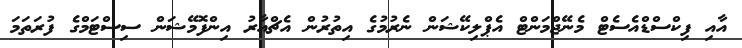
އާއި ފިކްސްޑްއެސެޓް މެނޭޖްމަންޓް އެޕްލިކޭޝަން ނެރުމުގެ އިތުރުން އެޗްއާރު އިންފޮމޭޝަން ސިސްޓަމްގެ ފުރަތަމަ